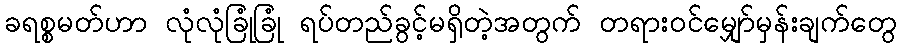
ခရစ္စမတ်ဟာ လုံလုံခြုံခြုံ ရပ်တည်ခွင့်မရှိတဲ့အတွက် တရားဝင်မျှော်မှန်းချက်တွေ